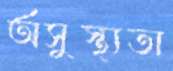
অসুস্থ্যতা